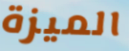
الميزة